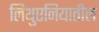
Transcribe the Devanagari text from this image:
लिथुएनियातील